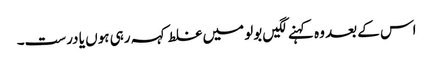
اس کے بعد وہ کہنے لگیں بولو میں غلط کہہ رہی ہوں یا درست۔